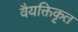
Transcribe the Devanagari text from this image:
वैयक्तिकृत